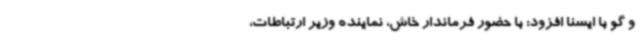
و گو با ایسنا افزود: با حضور فرماندار خاش، نماینده وزیر ارتباطات،